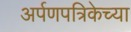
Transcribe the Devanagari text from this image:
अर्पणपत्रिकेच्या